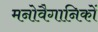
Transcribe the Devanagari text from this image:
मनोवैगानिकों